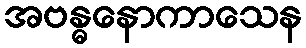
အဗန္ဓနောကာသေန